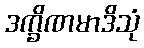
ဒက္ခိဏမာဒိသုံ